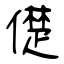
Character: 儊